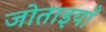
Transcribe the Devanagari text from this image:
जोताइयाँ